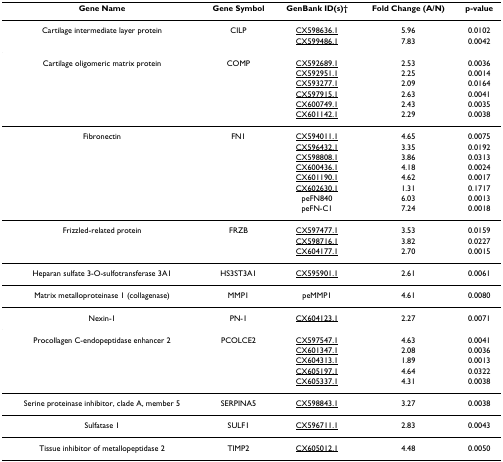
<table><thead><tr><td><b>Gene Name</b></td><td><b>Gene Symbol</b></td><td><b>GenBank ID(s)†</b></td><td><b>Fold Change (A/N)</b></td><td><b>p-value</b></td></tr></thead><tbody><tr><td>Cartilage intermediate layer protein</td><td>CILP</td><td>CX598636.1</td><td>5.96</td><td>0.0102</td></tr><tr><td></td><td></td><td>CX599486.1</td><td>7.83</td><td>0.0042</td></tr><tr><td>Cartilage oligomeric matrix protein</td><td>COMP</td><td>CX592689.1</td><td>2.53</td><td>0.0036</td></tr><tr><td></td><td></td><td>CX592951.1</td><td>2.25</td><td>0.0014</td></tr><tr><td></td><td></td><td>CX593277.1</td><td>2.09</td><td>0.0164</td></tr><tr><td></td><td></td><td>CX597915.1</td><td>2.63</td><td>0.0041</td></tr><tr><td></td><td></td><td>CX600749.1</td><td>2.43</td><td>0.0035</td></tr><tr><td></td><td></td><td>CX601142.1</td><td>2.29</td><td>0.0038</td></tr><tr><td>Fibronectin</td><td>FN1</td><td>CX594011.1</td><td>4.65</td><td>0.0075</td></tr><tr><td></td><td></td><td>CX596432.1</td><td>3.35</td><td>0.0192</td></tr><tr><td></td><td></td><td>CX598808.1</td><td>3.86</td><td>0.0313</td></tr><tr><td></td><td></td><td>CX600436.1</td><td>4.18</td><td>0.0024</td></tr><tr><td></td><td></td><td>CX601190.1</td><td>4.62</td><td>0.0017</td></tr><tr><td></td><td></td><td>CX602630.1</td><td>1.31</td><td>0.1717</td></tr><tr><td></td><td></td><td>peFN840</td><td>6.03</td><td>0.0013</td></tr><tr><td></td><td></td><td>peFN-C1</td><td>7.24</td><td>0.0018</td></tr><tr><td>Frizzled-related protein</td><td>FRZB</td><td>CX597477.1</td><td>3.53</td><td>0.0159</td></tr><tr><td></td><td></td><td>CX598716.1</td><td>3.82</td><td>0.0227</td></tr><tr><td></td><td></td><td>CX604177.1</td><td>2.70</td><td>0.0015</td></tr><tr><td>Heparan sulfate 3-O-sulfotransferase 3A1</td><td>HS3ST3A1</td><td>CX595901.1</td><td>2.61</td><td>0.0061</td></tr><tr><td>Matrix metalloproteinase 1 (collagenase)</td><td>MMP1</td><td>peMMP1</td><td>4.61</td><td>0.0080</td></tr><tr><td>Nexin-1</td><td>PN-1</td><td>CX604123.1</td><td>2.27</td><td>0.0071</td></tr><tr><td>Procollagen C-endopeptidase enhancer 2</td><td>PCOLCE2</td><td>CX597547.1</td><td>4.63</td><td>0.0041</td></tr><tr><td></td><td></td><td>CX601347.1</td><td>2.08</td><td>0.0036</td></tr><tr><td></td><td></td><td>CX604313.1</td><td>1.89</td><td>0.0013</td></tr><tr><td></td><td></td><td>CX605197.1</td><td>4.64</td><td>0.0322</td></tr><tr><td></td><td></td><td>CX605337.1</td><td>4.31</td><td>0.0038</td></tr><tr><td>Serine proteinase inhibitor, clade A, member 5</td><td>SERPINA5</td><td>CX598843.1</td><td>3.27</td><td>0.0038</td></tr><tr><td>Sulfatase 1</td><td>SULF1</td><td>CX596711.1</td><td>2.83</td><td>0.0043</td></tr><tr><td>Tissue inhibitor of metallopeptidase 2</td><td>TIMP2</td><td>CX605012.1</td><td>4.48</td><td>0.0050</td></tr></tbody></table>